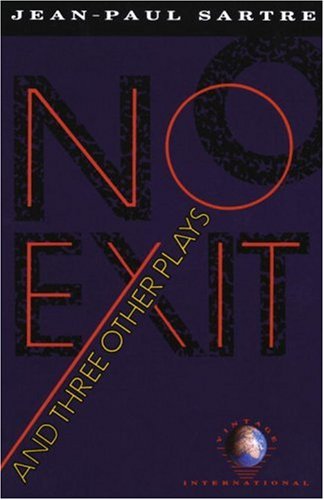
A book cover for No Exit and Three Other Plays; Jean-Paul Sartre; Humor & Entertainment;